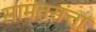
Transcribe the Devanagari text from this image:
सामंतसत्ता